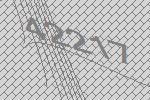
42217